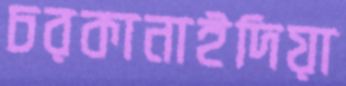
চরকানাইদিয়া